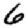
Digit: 6